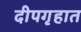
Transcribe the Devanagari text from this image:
दीपगृहात